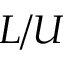
L / U